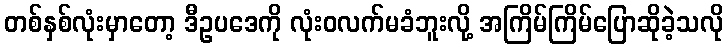
တစ်နှစ်လုံးမှာတော့ ဒီဥပဒေကို လုံးဝလက်မခံဘူးလို့ အကြိမ်ကြိမ်ပြောဆိုခဲ့သလို